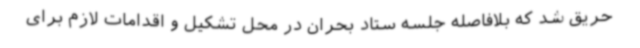
حریق شد که بلافاصله جلسه ستاد بحران در محل تشکیل و اقدامات لازم برای